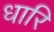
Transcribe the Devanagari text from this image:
धारि